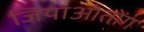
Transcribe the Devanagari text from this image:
जियाओतोंग